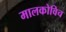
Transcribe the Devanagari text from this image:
मालकोविच